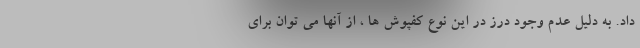
داد. به دلیل عدم وجود درز در این نوع کفپوش ها ، از آنها می توان برای